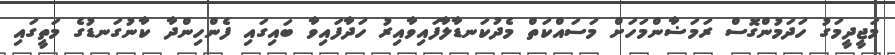
މަޖީދީމަގު ހަދަމުންގޮސް ރަމަޟާންމަހަށް މަސައްކަތް މެދުކަނޑާލާފައިވާއިރު ހަދާފައިވާ ބައިގައި ފެންހިންދާ ކާނުގަނޑުގެ މަތީގައި